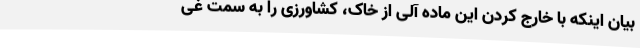
بیان اینکه با خارج کردن این ماده آلی از خاک، کشاورزی را به سمت غی